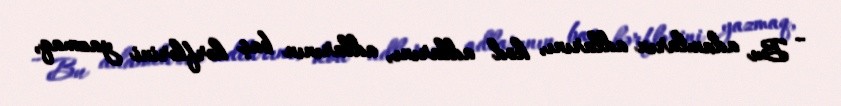
- Bu adamların adlarını, kod adlarını, adlarının baş hərflərini yazmaq,